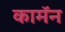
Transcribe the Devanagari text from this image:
कामॅन